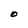
Character: O